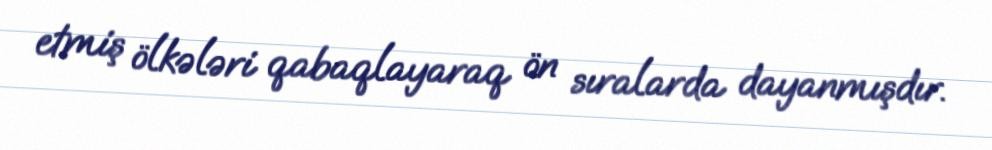
etmiş ölkələri qabaqlayaraq ön sıralarda dayanmışdır.